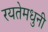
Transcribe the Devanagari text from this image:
रयतेमधुनी